Indian journal of veterinary science and animal husbandry - Volumes 15-17, 1948-1951
Year: 1948
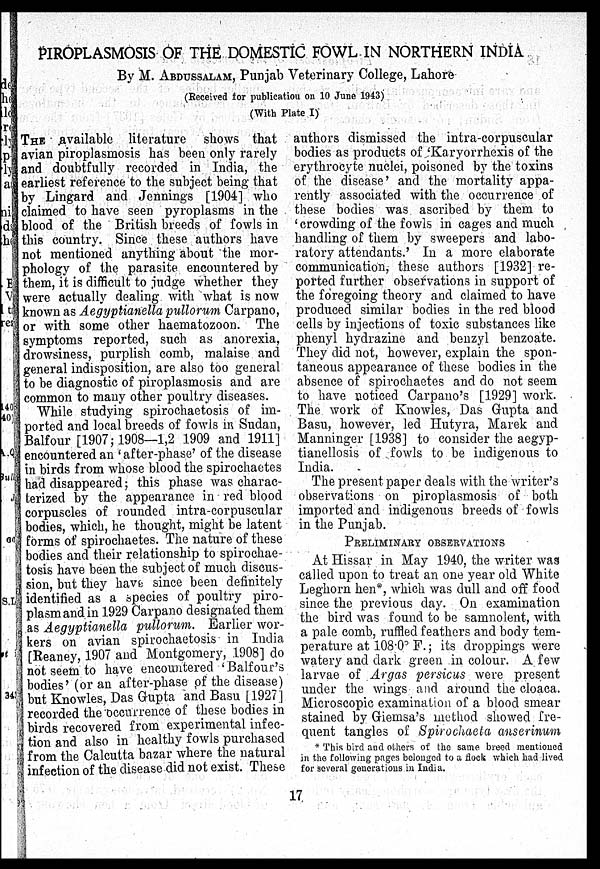
PIROPLASMOSIS OF THE DOMESTIC FOWL IN NORTHERN INDIA
By M. ABDUSSALAM, Punjab Veterinary College, Lahore
(Received for publication on 10 June 1943)
(With Plate I)
THE available literature shows that
avian piroplasmosis has been only rarely
and doubtfully recorded in India, the
earliest reference to the subject being that
by Lingard and Jennings [1904] who
claimed to have seen pyroplasms in the
blood of the British breeds of fowls in
this country. Since these authors have
not mentioned anything about the mor-
phology of the parasite encountered by
them, it is difficult to judge whether they
were actually dealing with what is now
known as Aegyptianella pullorum Carpano,
or with some other haematozoon. The
symptoms reported, such as anorexia,
drowsiness, purplish comb, malaise and
general indisposition, are also too general
to be diagnostic of piroplasmosis and are
common to many other poultry diseases.
While studying spirochaetosis of im-
ported and local breeds of fowls in Sudan,
Balfour [1907; 1908—1,2 1909 and 1911]
encountered an 'after-phase' of the disease
in birds from whose blood the spirochaetes
had disappeared; this phase was charac-
terized by the appearance in red blood
corpuscles of rounded intra-corpuscular
bodies, which, he thought, might be latent
forms of spirochaetes. The nature of these
bodies and their relationship to spirochae-
tosis have been the subject of much discus-
sion, but they have since been definitely
identified as a species of poultry piro-
plasm and in 1929 Carpano designated them
as Aegyptianella pullorum. Earlier wor-
kers on avian spirochaetosis in India
[Reaney, 1907 and Montgomery, 1908] do
not seem to have encountered 'Balfour's
bodies' (or an after-phase of the disease)
but Knowles, Das Gupta and Basu [1927]
recorded the occurrence of these bodies in
birds recovered from experimental infec-
tion and also in healthy fowls purchased
from the Calcutta bazar where the natural
infection of the disease did not exist. These
authors dismissed the intra-corpuscular
bodies as products of 'Karyorrhexis of the
erythrocyte nuclei, poisoned by the toxins
of the disease' and the mortality appa-
rently associated with the occurrence of
these bodies was ascribed by them to
'crowding of the fowls in cages and much
handling of them by sweepers and labo-
ratory attendants.' In a more elaborate
communication, these authors [1932] re-
ported further observations in support of
the foregoing theory and claimed to have
produced similar bodies in the red blood
cells by injections of toxic substances like
phenyl hydrazine and benzyl benzoate.
They did not, however, explain the spon-
taneous appearance of these bodies in the
absence of spirochaetes and do not seem
to have noticed Carpano's [1929] work.
The work of Knowles, Das Gupta and
Basu, however, led Hutyra, Marek and
Manninger [1938] to consider the aegyp-
tianellosis of fowls to be indigenous to
India.
The present paper deals with the writer's
observations on piroplasmosis of both
imported and indigenous breeds of fowls
in the Punjab.
PRELIMINARY OBSERVATIONS
At Hissar in May 1940, the writer was
called upon to treat an one year old White
Leghorn hen*, which was dull and off food
since the previous day. On examination
the bird was found to be samnolent, with
a pale comb, ruffled feathers and body tem-
perature at 108.0º F.; its droppings were
watery and dark green in colour. A few
larvae of Argas persicus were present
under the wings and around the cloaca.
Microscopic examination of a blood smear
stained by Giemsa's method showed fre-
quent tangles of Spirochaeta anserinum
* This bird and others of the same breed mentioned
in the following pages belonged to a flock which had lived
for several generations in India.
17